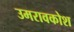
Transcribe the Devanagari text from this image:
उमरावकोश